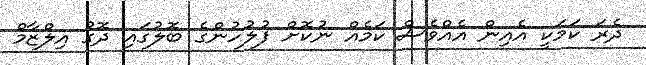
ދެރަ ކަމަކީ އެއިން އެއްވެސް ކަމެއް ނުކޮށް ފުލުހުންގެ ބޮލުގައި ދޮގު އިލްޒާމް